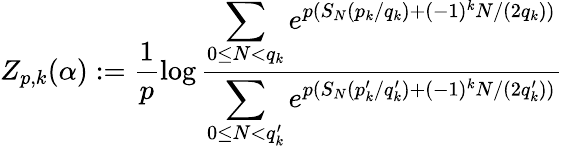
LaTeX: Z_{p,k}(\alpha):=\frac{1}{p}\log\frac{\displaystyle{\sum_{0\le N<q_{k}}e^{p(S_{N}(p_{k}/q_{k})+(-1)^{k}N/(2q_{k}))}}}{\displaystyle{\sum_{0\le N<q_{k}^{\prime}}e^{p(S_{N}(p_{k}^{\prime}/q_{k}^{\prime})+(-1)^{k}N/(2q_{k}^{\prime}))}}}